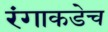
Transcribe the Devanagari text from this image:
रंगाकडेच